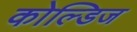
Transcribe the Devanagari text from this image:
कोल्डिज